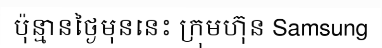
ប៉ុន្មានថ្ងៃមុននេះ ក្រុមហ៊ុន Samsung